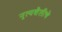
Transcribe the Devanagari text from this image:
नृत्यशैलीचे